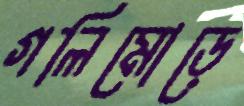
গলিমোড়ে